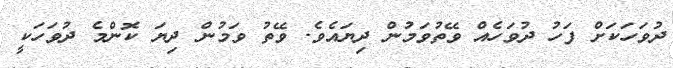
ދުވަހަކަށް ފަހު ދުވަހެއް ވޭތުވަމުން ދިޔައެވެ. ވޭތު ވަމުން ދިޔަ ކޮންމެ ދުވަހަކީ